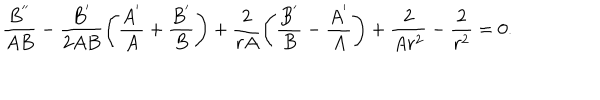
\frac { B ^ { ' ^ { \prime } } } { A B } - \frac { B ^ { ' } } { 2 A B } \left( \frac { A ^ { ' } } { A } + \frac { B ^ { ' } } { B } \right) + \frac { 2 } { r A } \left( \frac { B ^ { ' } } { B } - \frac { A ^ { ' } } { A } \right) + \frac { 2 } { A r ^ { 2 } } - \frac { 2 } { r ^ { 2 } } = 0 .